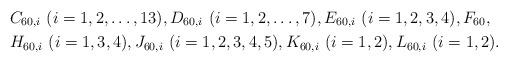
LaTeX: \begin{align*}&C_{60,i}\ (i=1,2,\ldots,13),D_{60,i}\ (i=1,2,\ldots,7),E_{60,i}\ (i=1,2,3,4),F_{60},\\&H_{60,i}\ (i=1,3,4),J_{60,i}\ (i=1,2,3,4,5),K_{60,i}\ (i=1,2),L_{60,i}\ (i=1,2).\end{align*}